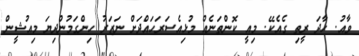
ވާއު. ހާދަ ރީތި ގެއެކޭ. މިއީ ކޮންތަނެއް މުޅިއެސަރަހައްދަށް ނަޒަރު ހިންގަމުންދިޔަ މިއުޝީން